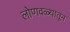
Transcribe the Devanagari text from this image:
लोणवळ्यातून